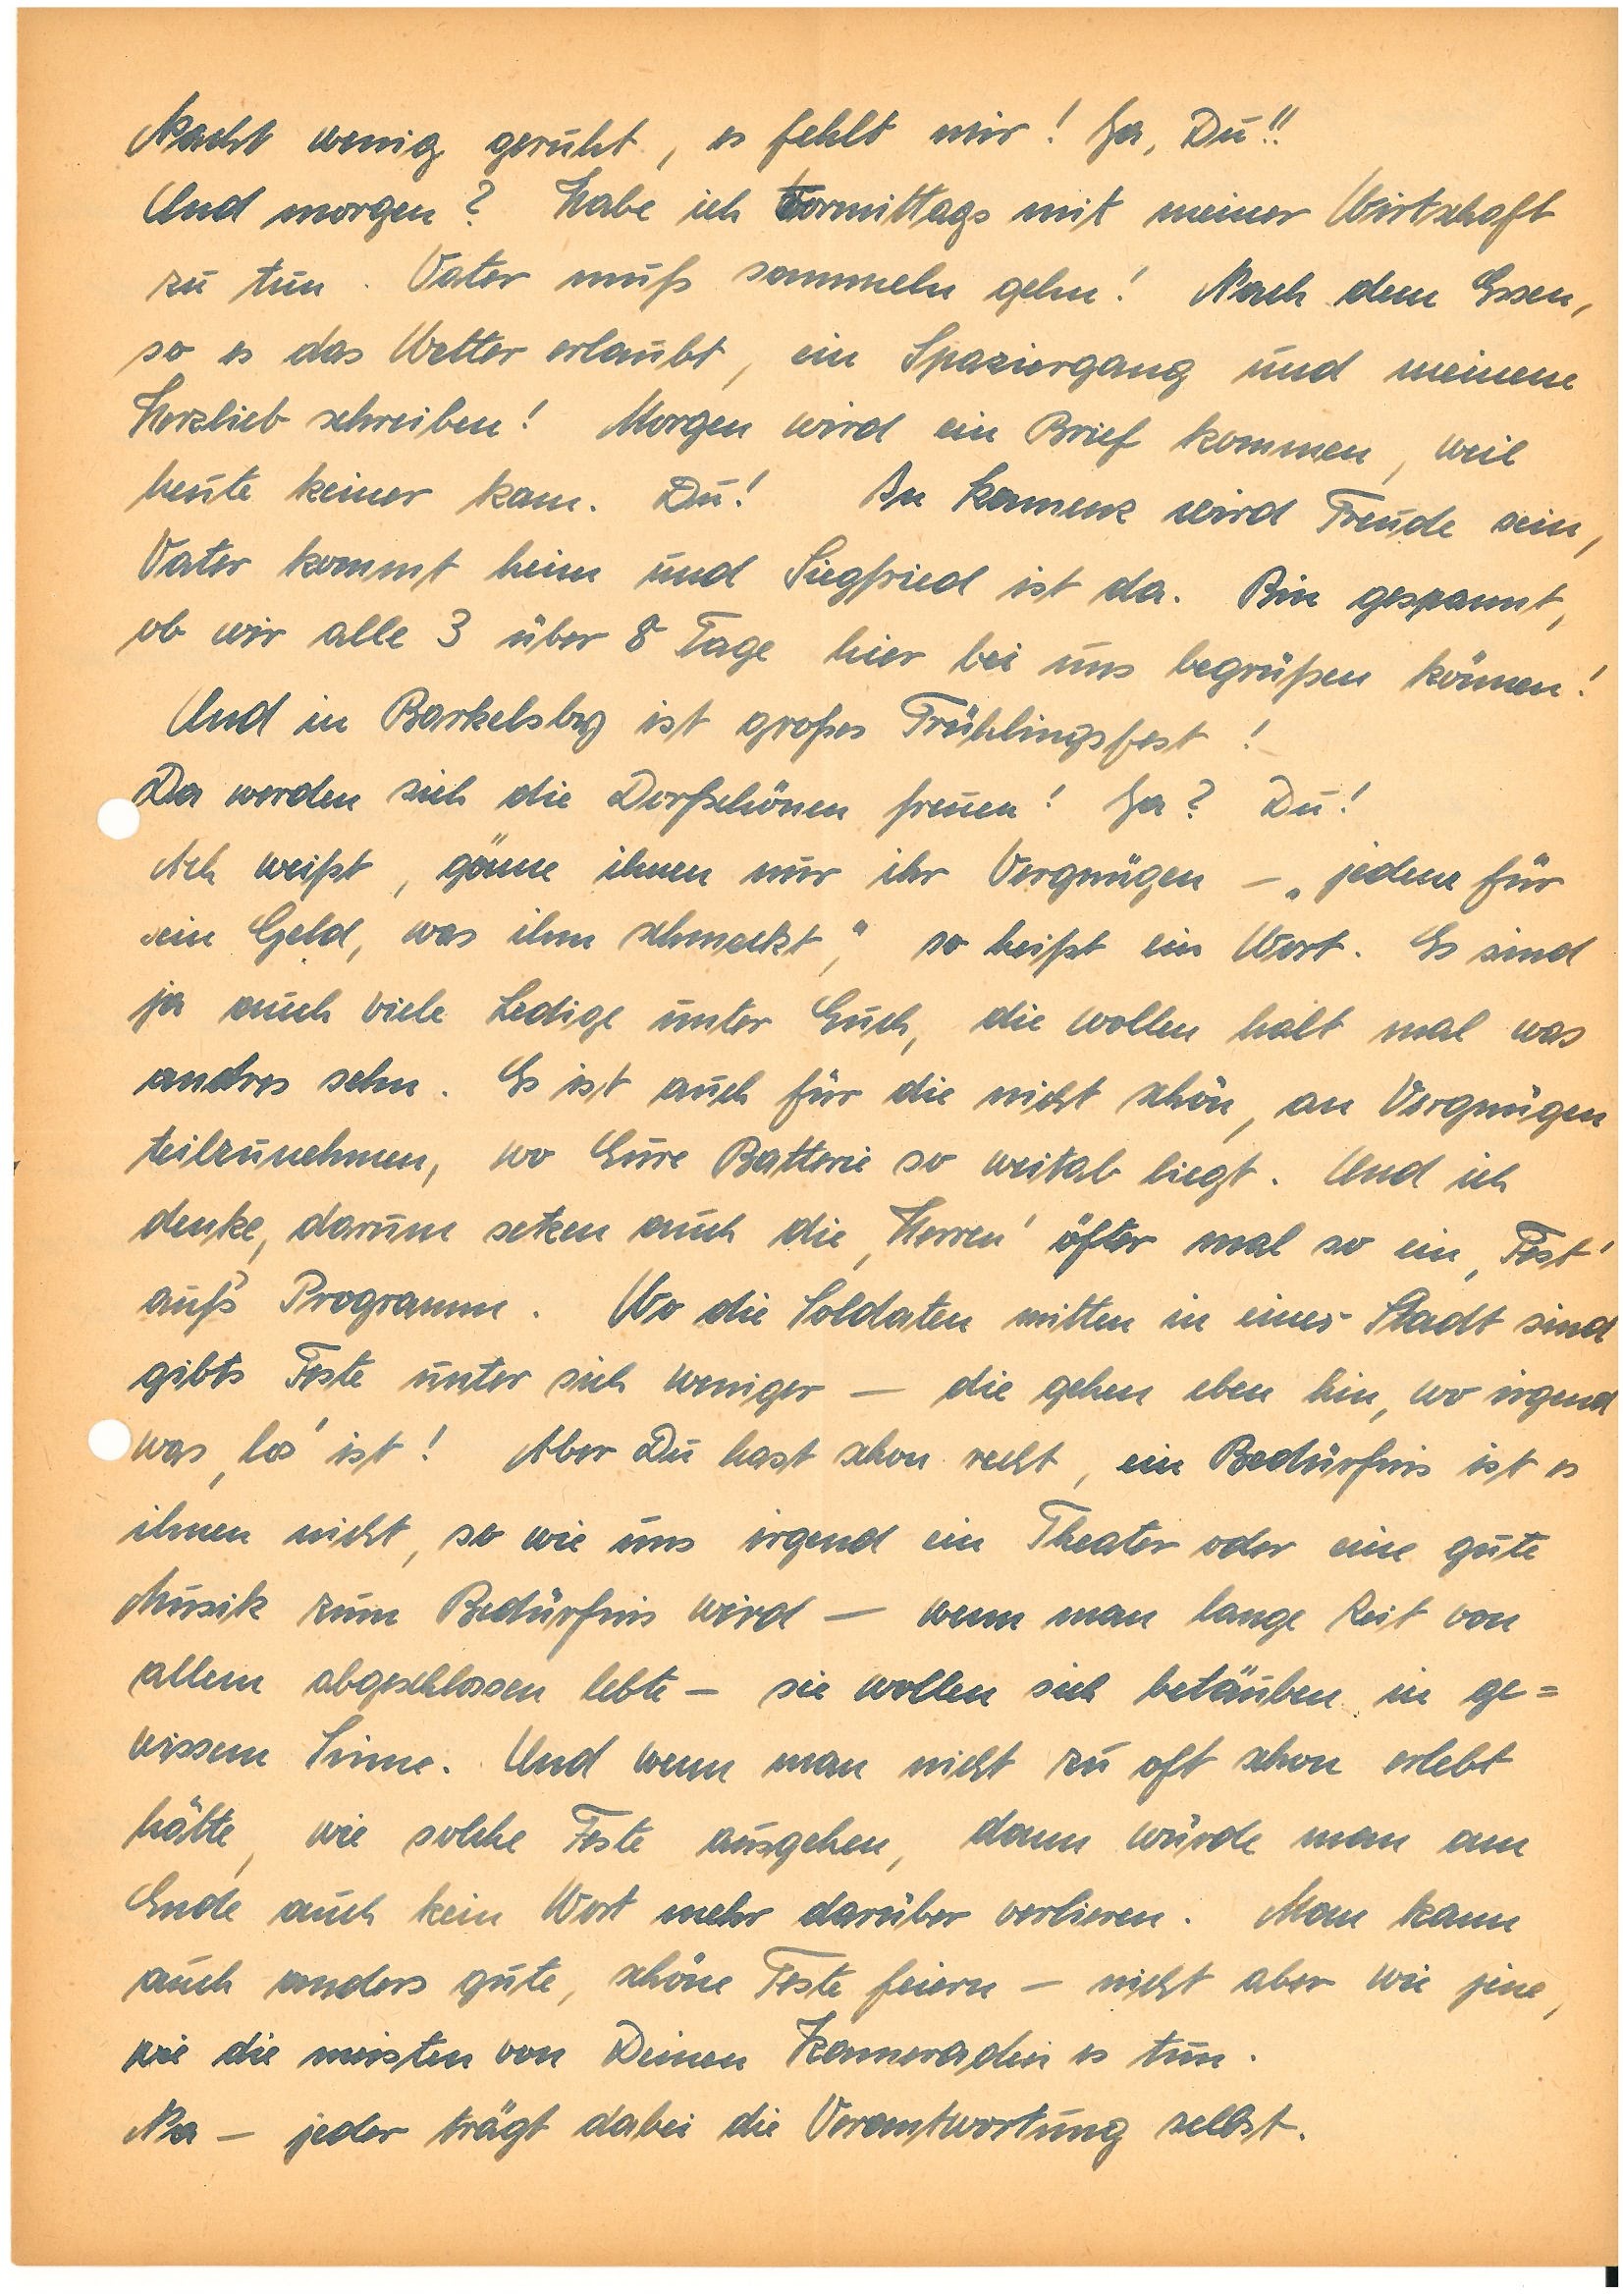
Nacht wenig geruht, es fehlt mir! Ja, Du!!
Und morgen? Habe ich Vvormittags mit meiner Wirtschaft
zu tun. Vater muß sammeln gehn! Nach dem Essen,
so es das Wetter erlaubt, ein Spaziergang und meinem
Herzlieb schreiben! Morgen wird ein Brief kommen, weil
heute keiner kam. Du! In K. wird Freude sein,
Vater kommt heim und S. ist da. Bin gespannt,
ob wir alle 3 über 8 Tage hier bei uns begrüßen können!
Und in Barkelsby ist großes Frühlingsfest!
Da werden sich die Dorfschönen freuen! Ja? Du!
Ach weißt , gönne ihnen nur ihr Vergnügen – „jedem für
sein Geld, was ihm schmeckt“, so heißt ein Wort. Es sind
ja auch viele Ledige unter Euch, die wollen halt mal was
andressehn. Es ist auch für die nicht schön, an Vergnügen
teilzunehmen, wo Eure Batterie so weitab liegt. Und ich
denke, darum setzen auch die ,Herren‘ öfter mal so ein ,Fest‘
aufs‘ Programm. Wo die Soldaten mitten in einer Stadt sind
gibts Feste unter sich weniger – die gehen eben hin, wo irgend
was ,los‘ ist! Aber Du hast schon recht, ein Bedürfnis ist es
ihnen nicht, so wie uns irgend ein Theater oder eine gute
Musik zum Bedürfnis wird – wenn man lange Zeit von
allem abgeschlossen lebte – sie wollen sich betäuben in ge¬
wissem Sinne.Und wenn man nicht zu oft schon erlebt
hätte, wie solche Feste ausgehen, dann würde man am
Ende auch kein Wort mehr darüber verlieren. Man kann
auch anders gute, schöne Feste feiern – nicht aber wie jene,
wie die meisten von Deinen Kameraden es tun.
Na – jeder trägt dabei die Verantwortung selbst.